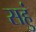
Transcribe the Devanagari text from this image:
सहुं